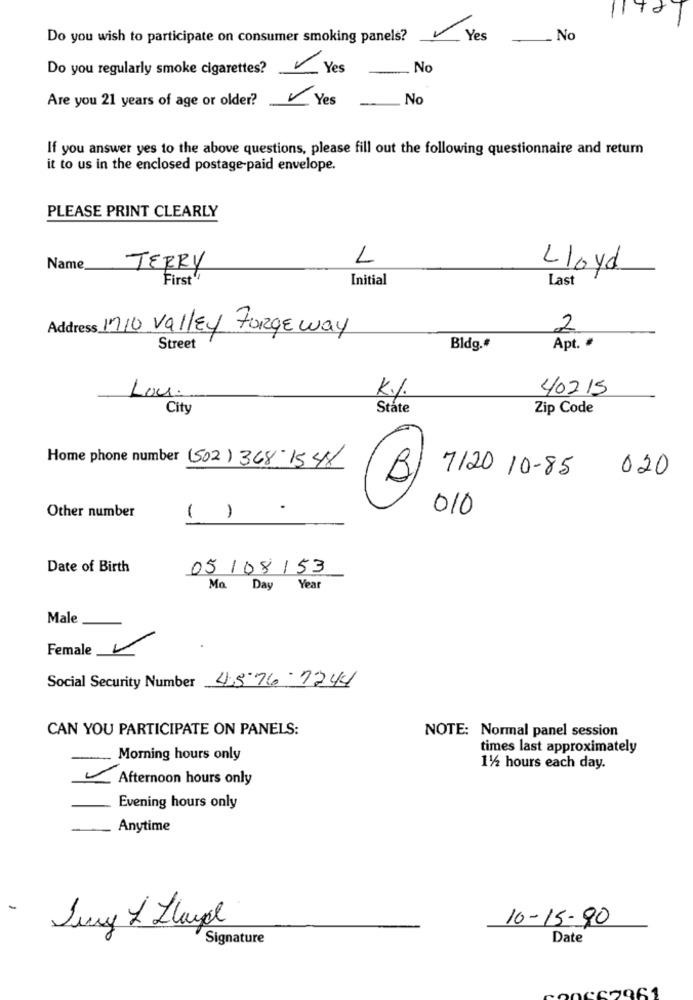
Do you wish to participate on consumer smoking panels?
Yes
No
Do you regularly smoke cigarettes?
Yes
. No
Are you 21 years of age or older?
Yes
No
If you answer yes to the above questions, please fill out the following questionnaire and return
it to us in the enclosed postage paid envelope.
PLEASE PRINT CLEARLY
L
Name
TERRY
Lloyd
First
Initial
Last
Address 710 Valley Forge way
2
Street
Bldg.#
Apt. #
K%.
40215
Lou.
City
State
Zip Code
Home phone number (502) 368-1548
7120 10-85
020
B
010
Other number
()
Date of Birth
05 / 08 / 53
Mo. Day Year
Male
Female
Social Security Number 4576-1244
CAN YOU PARTICIPATE ON PANELS:
NOTE: Normal panel session
times last approximately
Morning hours only
11/2 hours each day.
Afternoon hours only
Evening hours only
Anytime
-
10-15-90
Jury & Lloyd
Signature
Date